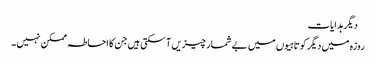
 دیگر ہدایات
روزہ میں دیگر کوتاہیوں میں بے شمار چیزیں آ سکتی ہیں جن کا احاطہ ممکن نہیں ۔